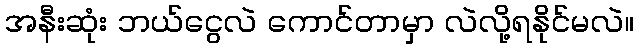
အနီးဆုံး ဘယ်ငွေလဲ ကောင်တာမှာ လဲလို့ရနိုင်မလဲ။